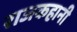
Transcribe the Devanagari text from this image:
राजकहानी